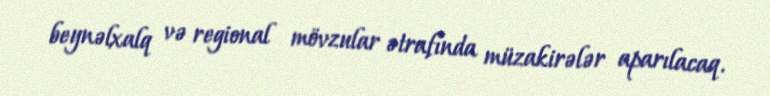
beynəlxalq və regional mövzular ətrafında müzakirələr aparılacaq.